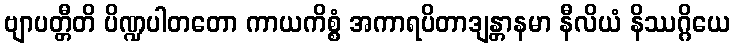
ဗျာပတ္တီတိ ပိဏ္ဍပါတတော ကာယကိစ္စံ အကာရပိတာဒျန္တာနမာ နီလိယံ နိဿဂ္ဂိယေ